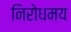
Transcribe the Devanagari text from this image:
निरोधमय